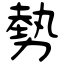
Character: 勢